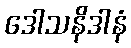
ဒေါသနိဒါနံ